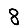
Digit: 8